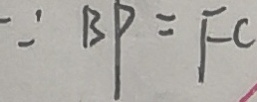
\because B P = F C